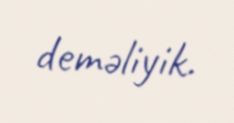
deməliyik.